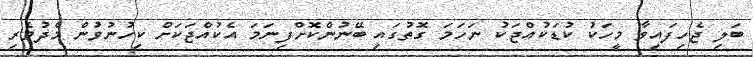
ބަލި ޖެހިފައިވާ މީހަކު ކުޑަކުއްޖަކު ނަހަމަ ގޮތުގައި ބޭނުންކޮށްފިނަމަ އެކުއްޖަކަށް ކިހުނުވުން މެދުވެރި